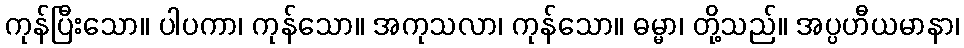
ကုန်ပြီးသော။ ပါပကာ၊ ကုန်သော။ အကုသလာ၊ ကုန်သော။ ဓမ္မာ၊ တို့သည်။ အပ္ပဟီယမာနာ၊